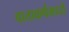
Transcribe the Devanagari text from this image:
वाताकर्षमध्ये